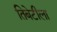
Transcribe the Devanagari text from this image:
तिबेटीला